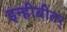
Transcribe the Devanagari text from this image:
इन्हीबीतर्